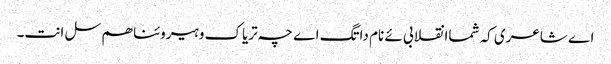
اے شاعری کہ شماانقلابی ئے نام داتگ اے چہ تریاک و ہیروئنا ھم سل انت۔